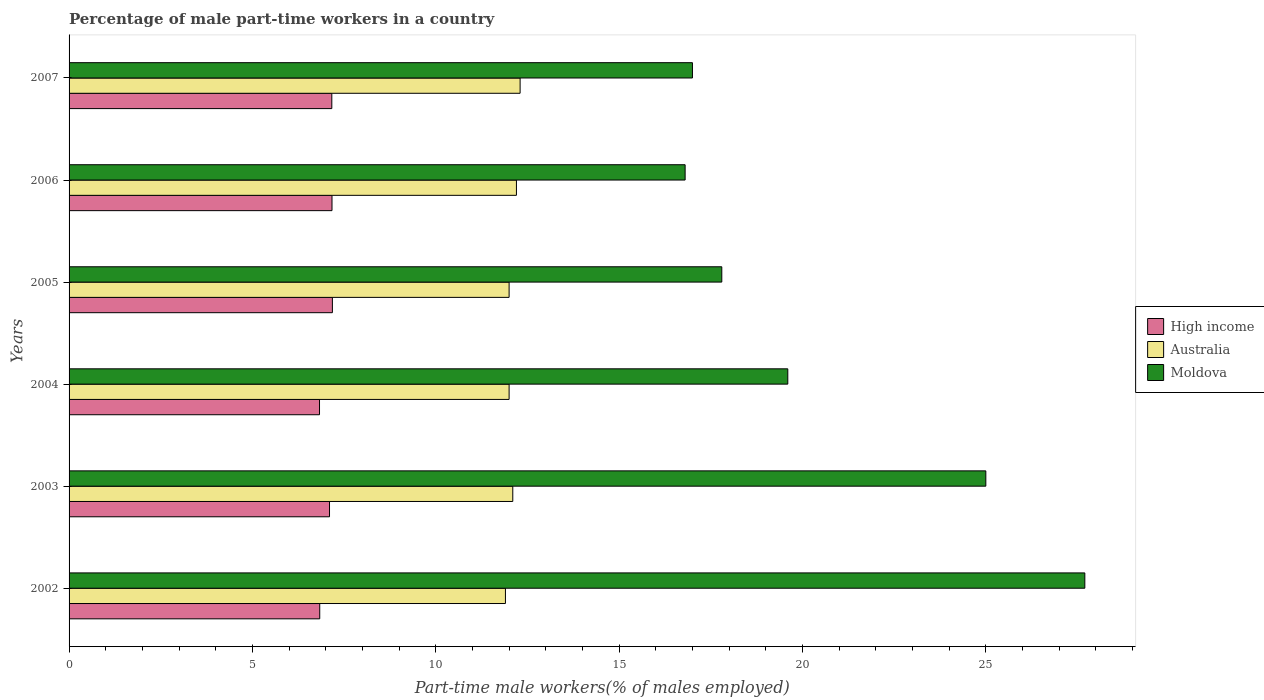
| Years | High income | Australia | Moldova |
 | --- | --- | --- | --- |
 | 2002 | 6.84 | 11.9 | 27.7 |
 | 2003 | 7.1 | 12.1 | 25 |
 | 2004 | 6.83 | 12 | 19.6 |
 | 2005 | 7.18 | 12 | 17.8 |
 | 2006 | 7.17 | 12.2 | 16.8 |
 | 2007 | 7.16 | 12.3 | 17 |